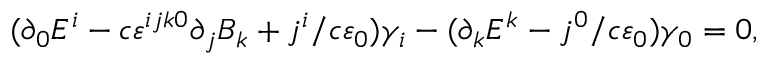
( \partial _ { 0 } E ^ { i } - c \varepsilon ^ { i j k 0 } \partial _ { j } B _ { k } + j ^ { i } / c \varepsilon _ { 0 } ) \gamma _ { i } - ( \partial _ { k } E ^ { k } - j ^ { 0 } / c \varepsilon _ { 0 } ) \gamma _ { 0 } = 0 ,